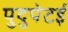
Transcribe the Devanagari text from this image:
पुदुपेटई